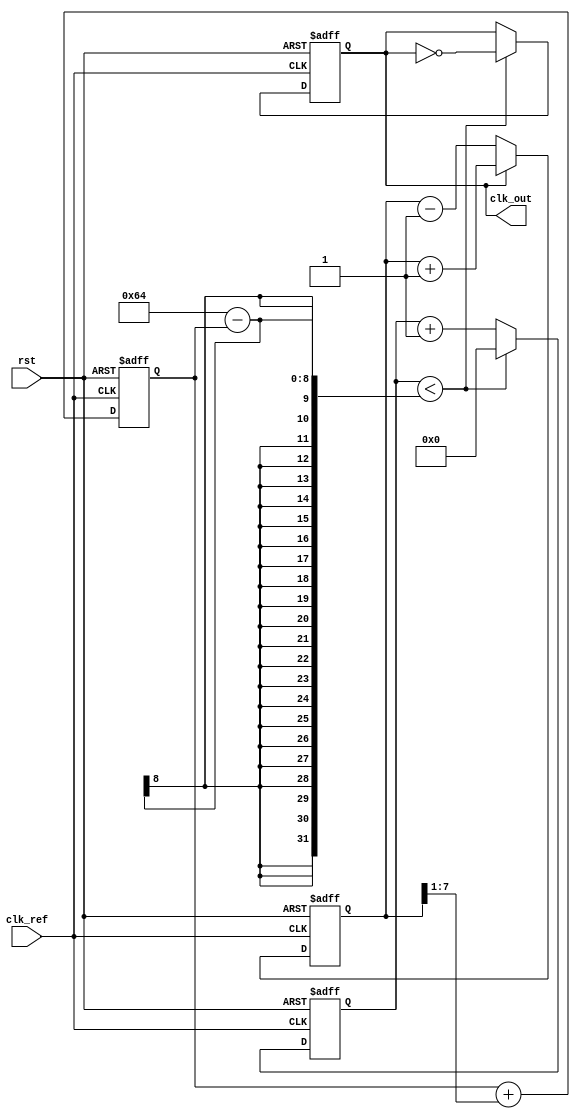
module pll (
    input wire clk_ref,          // Reference clock
    input wire rst,              // Reset signal
    output reg clk_out           // Output clock
);

    // Parameters
    parameter PHASE_ERROR_WIDTH = 8; // Width of phase error signal
    parameter CONTROL_WIDTH = 8;      // Width of control voltage
    parameter VCO_MAX_FREQ = 100;     // Max frequency of VCO
    parameter VCO_MIN_FREQ = 10;      // Min frequency of VCO

    // Internal signals
    reg [PHASE_ERROR_WIDTH-1:0] phase_error; // Phase error signal
    reg [CONTROL_WIDTH-1:0] control_voltage;  // Control voltage for VCO
    reg [7:0] vco_counter;                   // VCO frequency divider

    // Phase Detector (PD)
    always @(posedge clk_ref or posedge rst) begin
        if (rst) begin
            phase_error <= 0;
        end else begin
            // Simple phase detection logic
            // Compare reference clock with output clock
            // Here, we just simulate a phase error signal
            if (clk_out) begin
                phase_error <= phase_error + 1; // Clock leading
            end else begin
                phase_error <= phase_error - 1; // Clock lagging
            end
        end
    end

    // Loop Filter (LF)
    always @(posedge clk_ref or posedge rst) begin
        if (rst) begin
            control_voltage <= (VCO_MAX_FREQ + VCO_MIN_FREQ) / 2;
        end else begin
            // Simple first-order loop filter
            control_voltage <= control_voltage + (phase_error >> 1); // Adjust control voltage based on phase error
        end
    end

    // Voltage-Controlled Oscillator (VCO)
    always @(posedge clk_ref or posedge rst) begin
        if (rst) begin
            vco_counter <= 0;
            clk_out <= 0;
        end else begin
            // Control the VCO frequency based on control voltage
            // Scale control voltage to frequency range
            if (vco_counter < (VCO_MAX_FREQ - control_voltage)) begin
                clk_out <= ~clk_out; // Toggle output clock
                vco_counter <= 0; // Reset counter
            end else begin
                vco_counter <= vco_counter + 1; // Increment counter
            end
        end
    end

endmodule